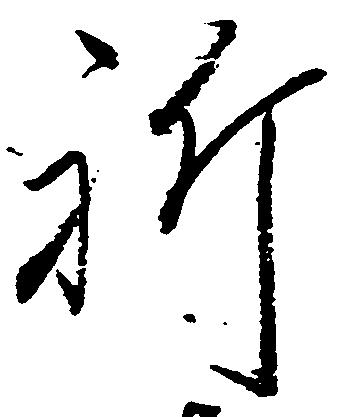
祈